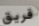
قريق